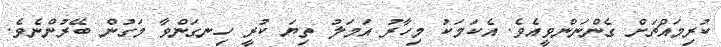
ކުރިމައްޗަށް ގެންނަންވީއެވެ. އެކަމަކު މިހާރު އަމަލު ތިޔަ ކުރީ ހިނގަންވާ މަގުން ބޭރުންނެވެ.